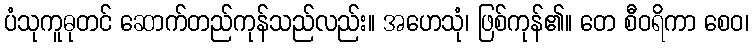
ပံသုကူဓုတင် ဆောက်တည်ကုန်သည်လည်း။ အဟေသုံ၊ ဖြစ်ကုန်၏။ တေ စီဝရိကာ စေဝ၊